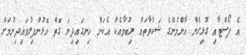
އެ ޕޯސްޓާއި ގުޅިގެން އާންމުންގެ ޝަކުވާތައް ލިބުމާއެކު އެކަން ހިނގައިދިޔަ ގޮތް އޮޅުންފިލުވައިދިނުމަށް